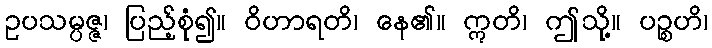
ဥပသမ္ပဇ္ဇ၊ ပြည့်စုံ၍။ ဝိဟာရတိ၊ နေ၏။ ဣတိ၊ ဤသို့။ ပဉ္စဟိ၊